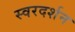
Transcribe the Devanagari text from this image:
स्वरदर्शन